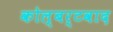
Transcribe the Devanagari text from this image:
कोल्बर्टवाद